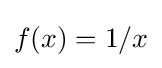
f(x)=1/x